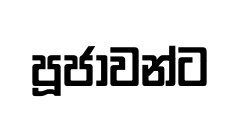
පූජාවන්ට